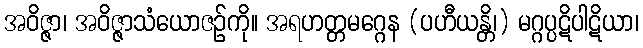
အဝိဇ္ဇာ၊ အဝိဇ္ဇာသံယောဇဉ်ကို။ အရဟတ္တမဂ္ဂေန (ပဟီယန္တိ၊) မဂ္ဂပ္ပဋိပါဋိယာ၊